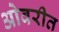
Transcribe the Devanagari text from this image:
ओवरीत